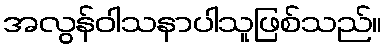
အလွန်ဝါသနာပါသူဖြစ်သည်။